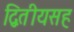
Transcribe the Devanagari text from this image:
द्वितीयसह